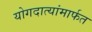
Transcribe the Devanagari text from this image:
योगदात्यांमार्फत